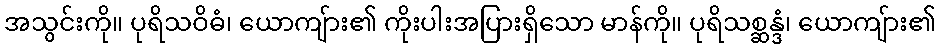
အသွင်းကို။ ပုရိသဝိဓံ၊ ယောကျ်ား၏ ကိုးပါးအပြားရှိသော မာန်ကို။ ပုရိသစ္ဆန္ဒံ၊ ယောကျ်ား၏